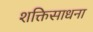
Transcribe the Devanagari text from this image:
शक्तिसाधना